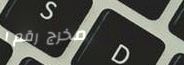
مخرج رقم ١